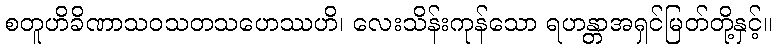
စတူဟိခိဏာသဝသတသဟေဿဟိ၊ လေးသိန်းကုန်သော ရဟန္တာအရှင်မြတ်တို့နှင့်။